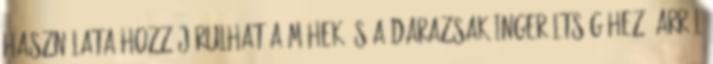
használata hozzájárulhat a méhek és a darazsak ingerültségéhez. Arról